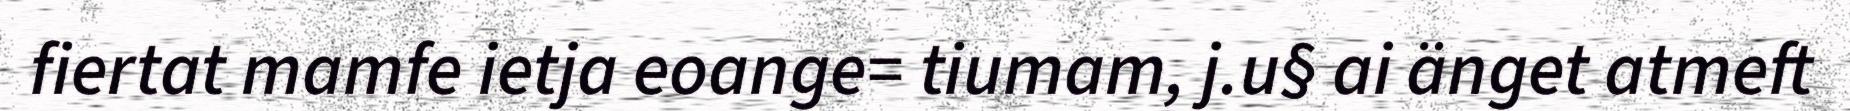
fiertat mamfe ietja eoange= tiumam, j.u§ ai änget atmeft